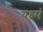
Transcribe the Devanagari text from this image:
यक्ष्मं